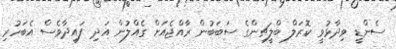
ސެންޑީ ވިދާޅުވީ ކޮރަލް ބްލީޗިންގެ ސަބަބުން ރާއްޖެއަށް ގެއްލުން އަދި ފައިދާވެސް އެބަހުރި